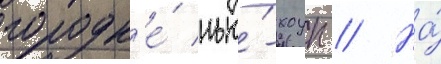
городк'е́ нью́-хоуп // На́